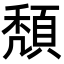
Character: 頽